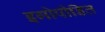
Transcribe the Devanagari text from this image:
इगोपीडित